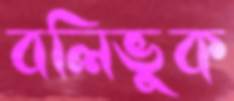
বলিভুক